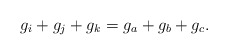
\begin{align*}g_i+g_j+g_k=g_a+g_b+g_c.\end{align*}